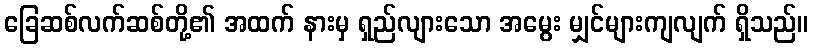
ခြေဆစ်လက်ဆစ်တို့၏ အထက် နားမှ ရှည်လျားသော အမွေး မျှင်များကျလျက် ရှိသည်။